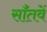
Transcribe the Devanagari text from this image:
साँतवें